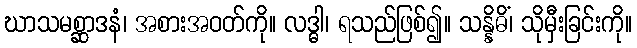
ဃာသမစ္ဆာဒနံ၊ အစားအဝတ်ကို။ လဒ္ဓါ၊ ရသည်ဖြစ်၍။ သန္နိဓိံ၊ သိုမှီးခြင်းကို။